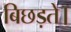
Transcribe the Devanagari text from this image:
बिछड़ते।